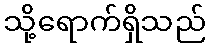
သို့ရောက်ရှိသည်